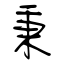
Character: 秉